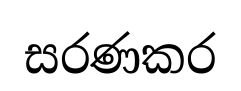
සරණකර